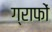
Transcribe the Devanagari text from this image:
ग्राफों